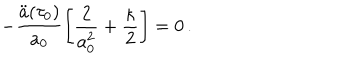
LaTeX: - \frac { \ddot { a } ( \tau _ { 0 } ) } { a _ { 0 } } \left[ \frac { 2 } { a _ { 0 } ^ { 2 } } + \frac { \kappa } { 2 } \right] = 0 \, .